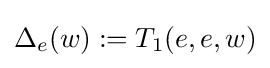
\Delta _{e}(w):=T_{1}(e,e,w)